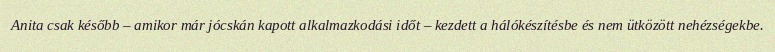
Anita csak később – amikor már jócskán kapott alkalmazkodási időt – kezdett a hálókészítésbe és nem ütközött nehézségekbe.